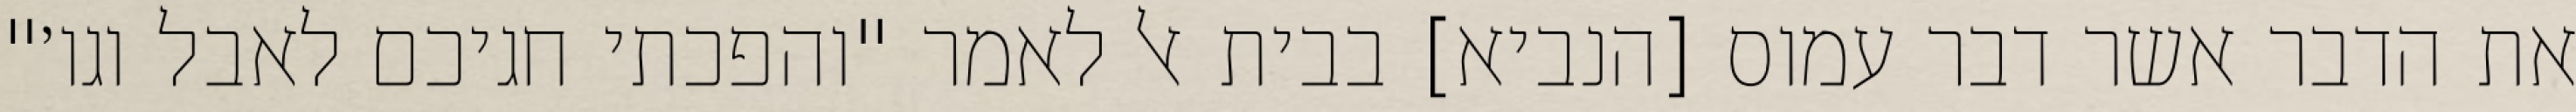
את הדבר אשר דבר עמוס [הנביא] בבית אל לאמר "והפכתי חגיכם לאבל וגו׳"